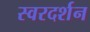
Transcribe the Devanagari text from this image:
स्वरदर्शन